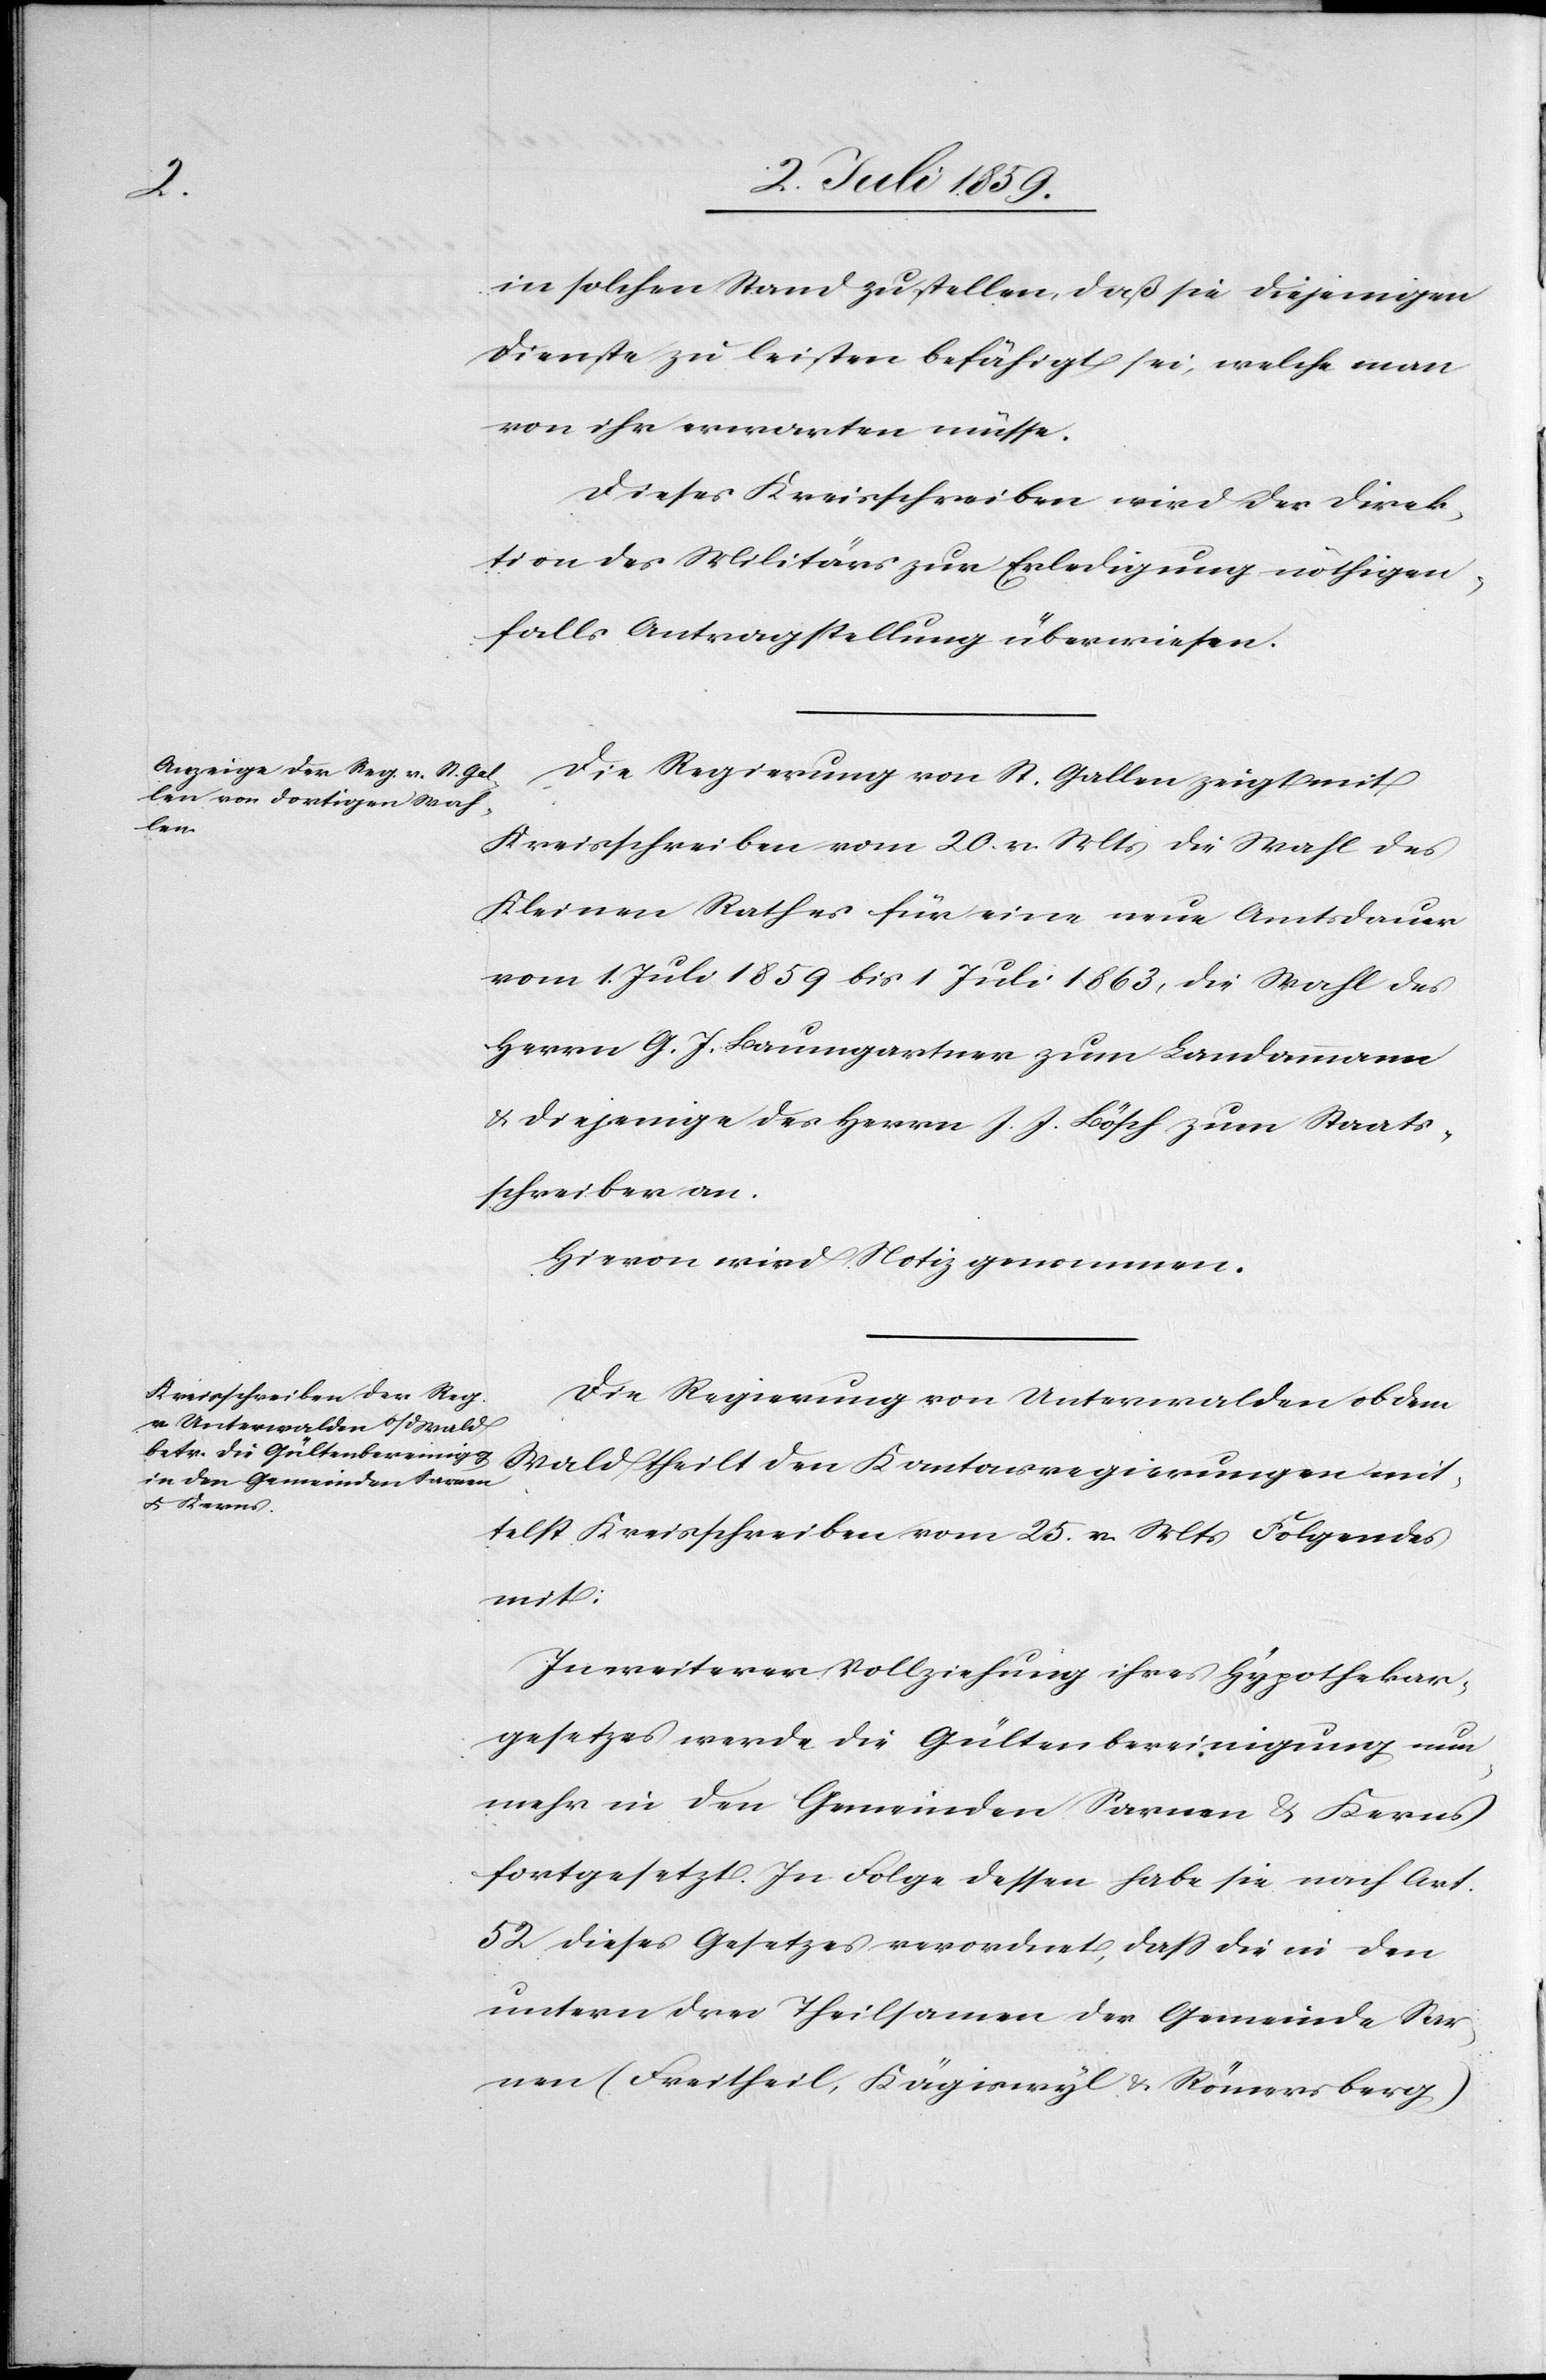
in solchen Stand zu stellen, daß sie diejenigen
Dienste zu leisten befähigt sei, welche man
von ihr erwarten müsse.
Dieses Kreisschreiben wird der Direk¬
tion des Militärs zur Erledigung nöthigen¬
falls Antragsstellung überwiesen.
Die Regierung von St. Gallen zeigt mit
Kreisschreiben vom 20. v. Mts. die Wahl des
kleinen Rathes für eine neue Amtsdauer
vom 1. Juli 1859 bis 1 Juli 1863, die Wahl des
Herrn G. J. Baumgartner zum Landammann
u. diejenige des Herrn J. J. Bösch zum Staats¬
schreiber an.
Hievon wird Notiz genommen.
Die Regierung von Unterwalden ob dem
Wald theilt den Kantonsregierungen mit¬
telst Kreisschreiben vom 25. v. Mts. Folgendes
mit:
In weiterer Vollziehung ihres Hypothekar¬
gesetzes werde die Gültenbereinigung nun
mehr in den Gemeinden Sarnen u. Kerns
fortgesetzt. In Folge dessen habe sie nach Art.
52 dieses Gesetzes verordnet, dass die in den
untern drei Theilsamen der Gemeinde Sar¬
nen (Freitheil, Kägiswyl & Römersberg)